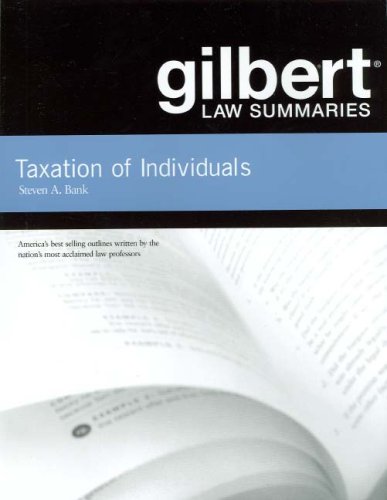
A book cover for Gilbert Law Summaries on Taxation of Individuals; Steven Bank; Law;